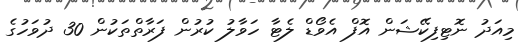
މިއަދު ނޮޓިފިކޭޝަން އޮފް އެވޯޑް ލެޓާ ހަވާލު ކުރުން ފަރާތްތަކުން 30 ދުވަހުގެ